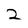
Character: 2